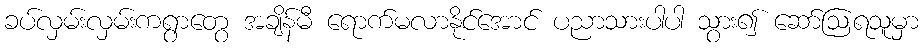
ခပ်လှမ်းလှမ်းကရွာတွေ အချိန်မီ ရောက်မလာနိုင်အောင် ပညာသားပါပါ သွား၍ ဆော်ဩရသူမှာ